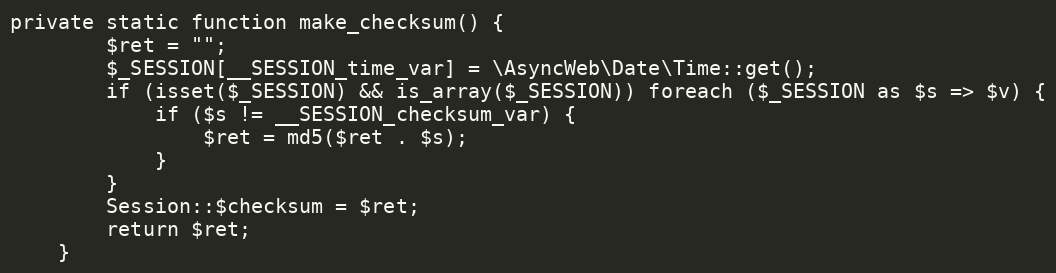
Language: PHP
private static function make_checksum() {
        $ret = "";
        $_SESSION[__SESSION_time_var] = \AsyncWeb\Date\Time::get();
        if (isset($_SESSION) && is_array($_SESSION)) foreach ($_SESSION as $s => $v) {
            if ($s != __SESSION_checksum_var) {
                $ret = md5($ret . $s);
            }
        }
        Session::$checksum = $ret;
        return $ret;
    }